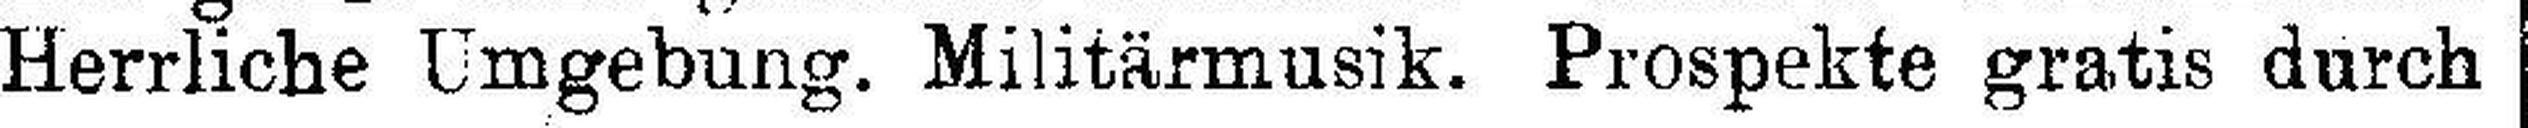
Herrliche Umgebung. Militärmusik. Prospekte gratis durch